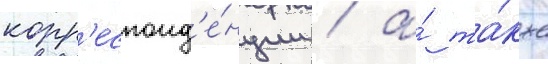
корр'еспонд'е́нции / а́ та́кже